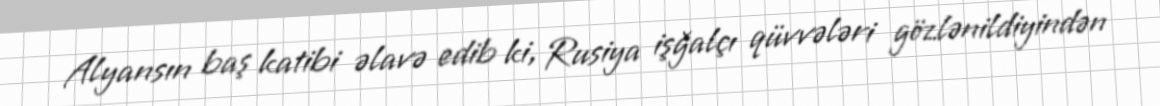
Alyansın baş katibi əlavə edib ki, Rusiya işğalçı qüvvələri gözlənildiyindən